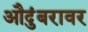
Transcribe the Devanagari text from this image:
औदुंबरावर